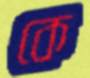
কে